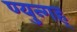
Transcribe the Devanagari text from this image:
ण्युन्गह्